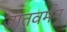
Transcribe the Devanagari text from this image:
जातवर्मन्‌